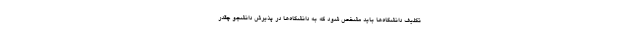
تکلیف دانشگاه‌ها باید مشخص شود که به دانشگاه‌ها در پذیرش دانشجو چقدر